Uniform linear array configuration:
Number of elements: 16
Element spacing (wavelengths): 0.5
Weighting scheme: kaiser
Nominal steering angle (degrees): -30
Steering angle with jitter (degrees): -28.697
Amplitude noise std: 0.05
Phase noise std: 0.05

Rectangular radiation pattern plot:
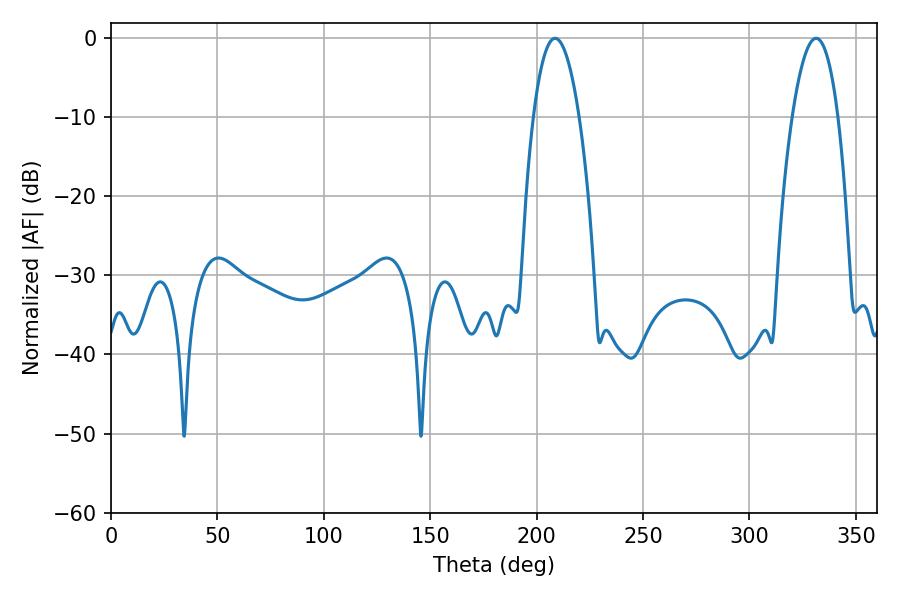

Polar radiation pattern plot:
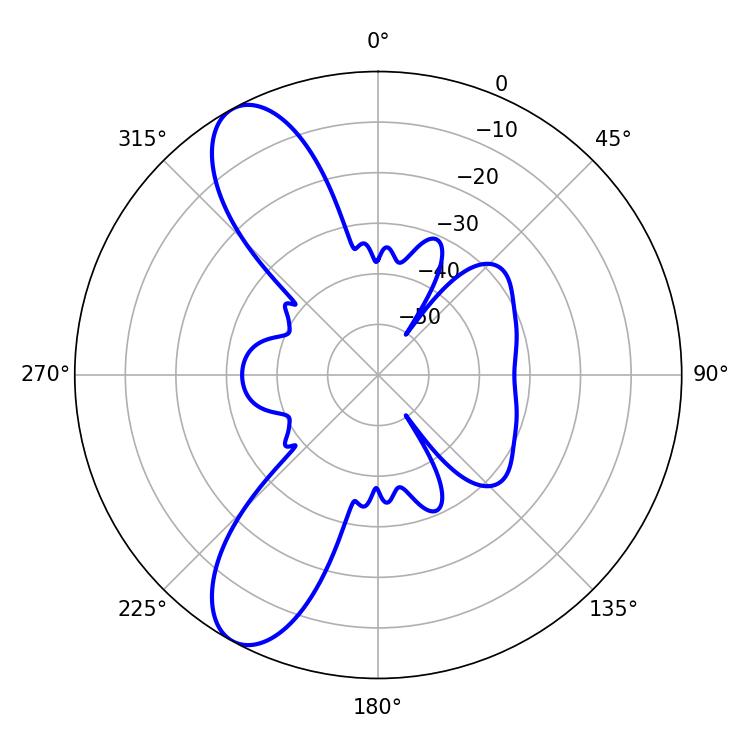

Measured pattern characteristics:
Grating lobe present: FALSE
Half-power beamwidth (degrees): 11.88
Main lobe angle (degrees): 208.62